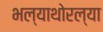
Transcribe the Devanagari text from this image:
भल्याथोरल्या